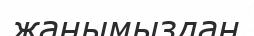
жанымыздан